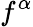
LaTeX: f^{\alpha}